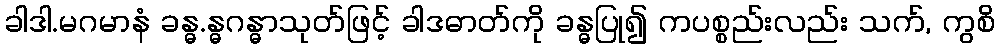
ခါဒါ.မဂမာနံ ခန္ဓ.န္ဓဂန္ဓာသုတ်ဖြင့် ခါဒဓာတ်ကို ခန္ဓပြု၍ ကပစ္စည်းလည်း သက်, ကွစိ